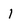
Character: 1